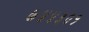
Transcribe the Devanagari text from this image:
७४४३०१